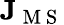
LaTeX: \mathbf{J}_{\mathrm{~M~S~}}